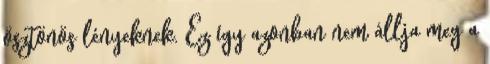
ösztönös lényeknek. Ez így azonban nem állja meg a